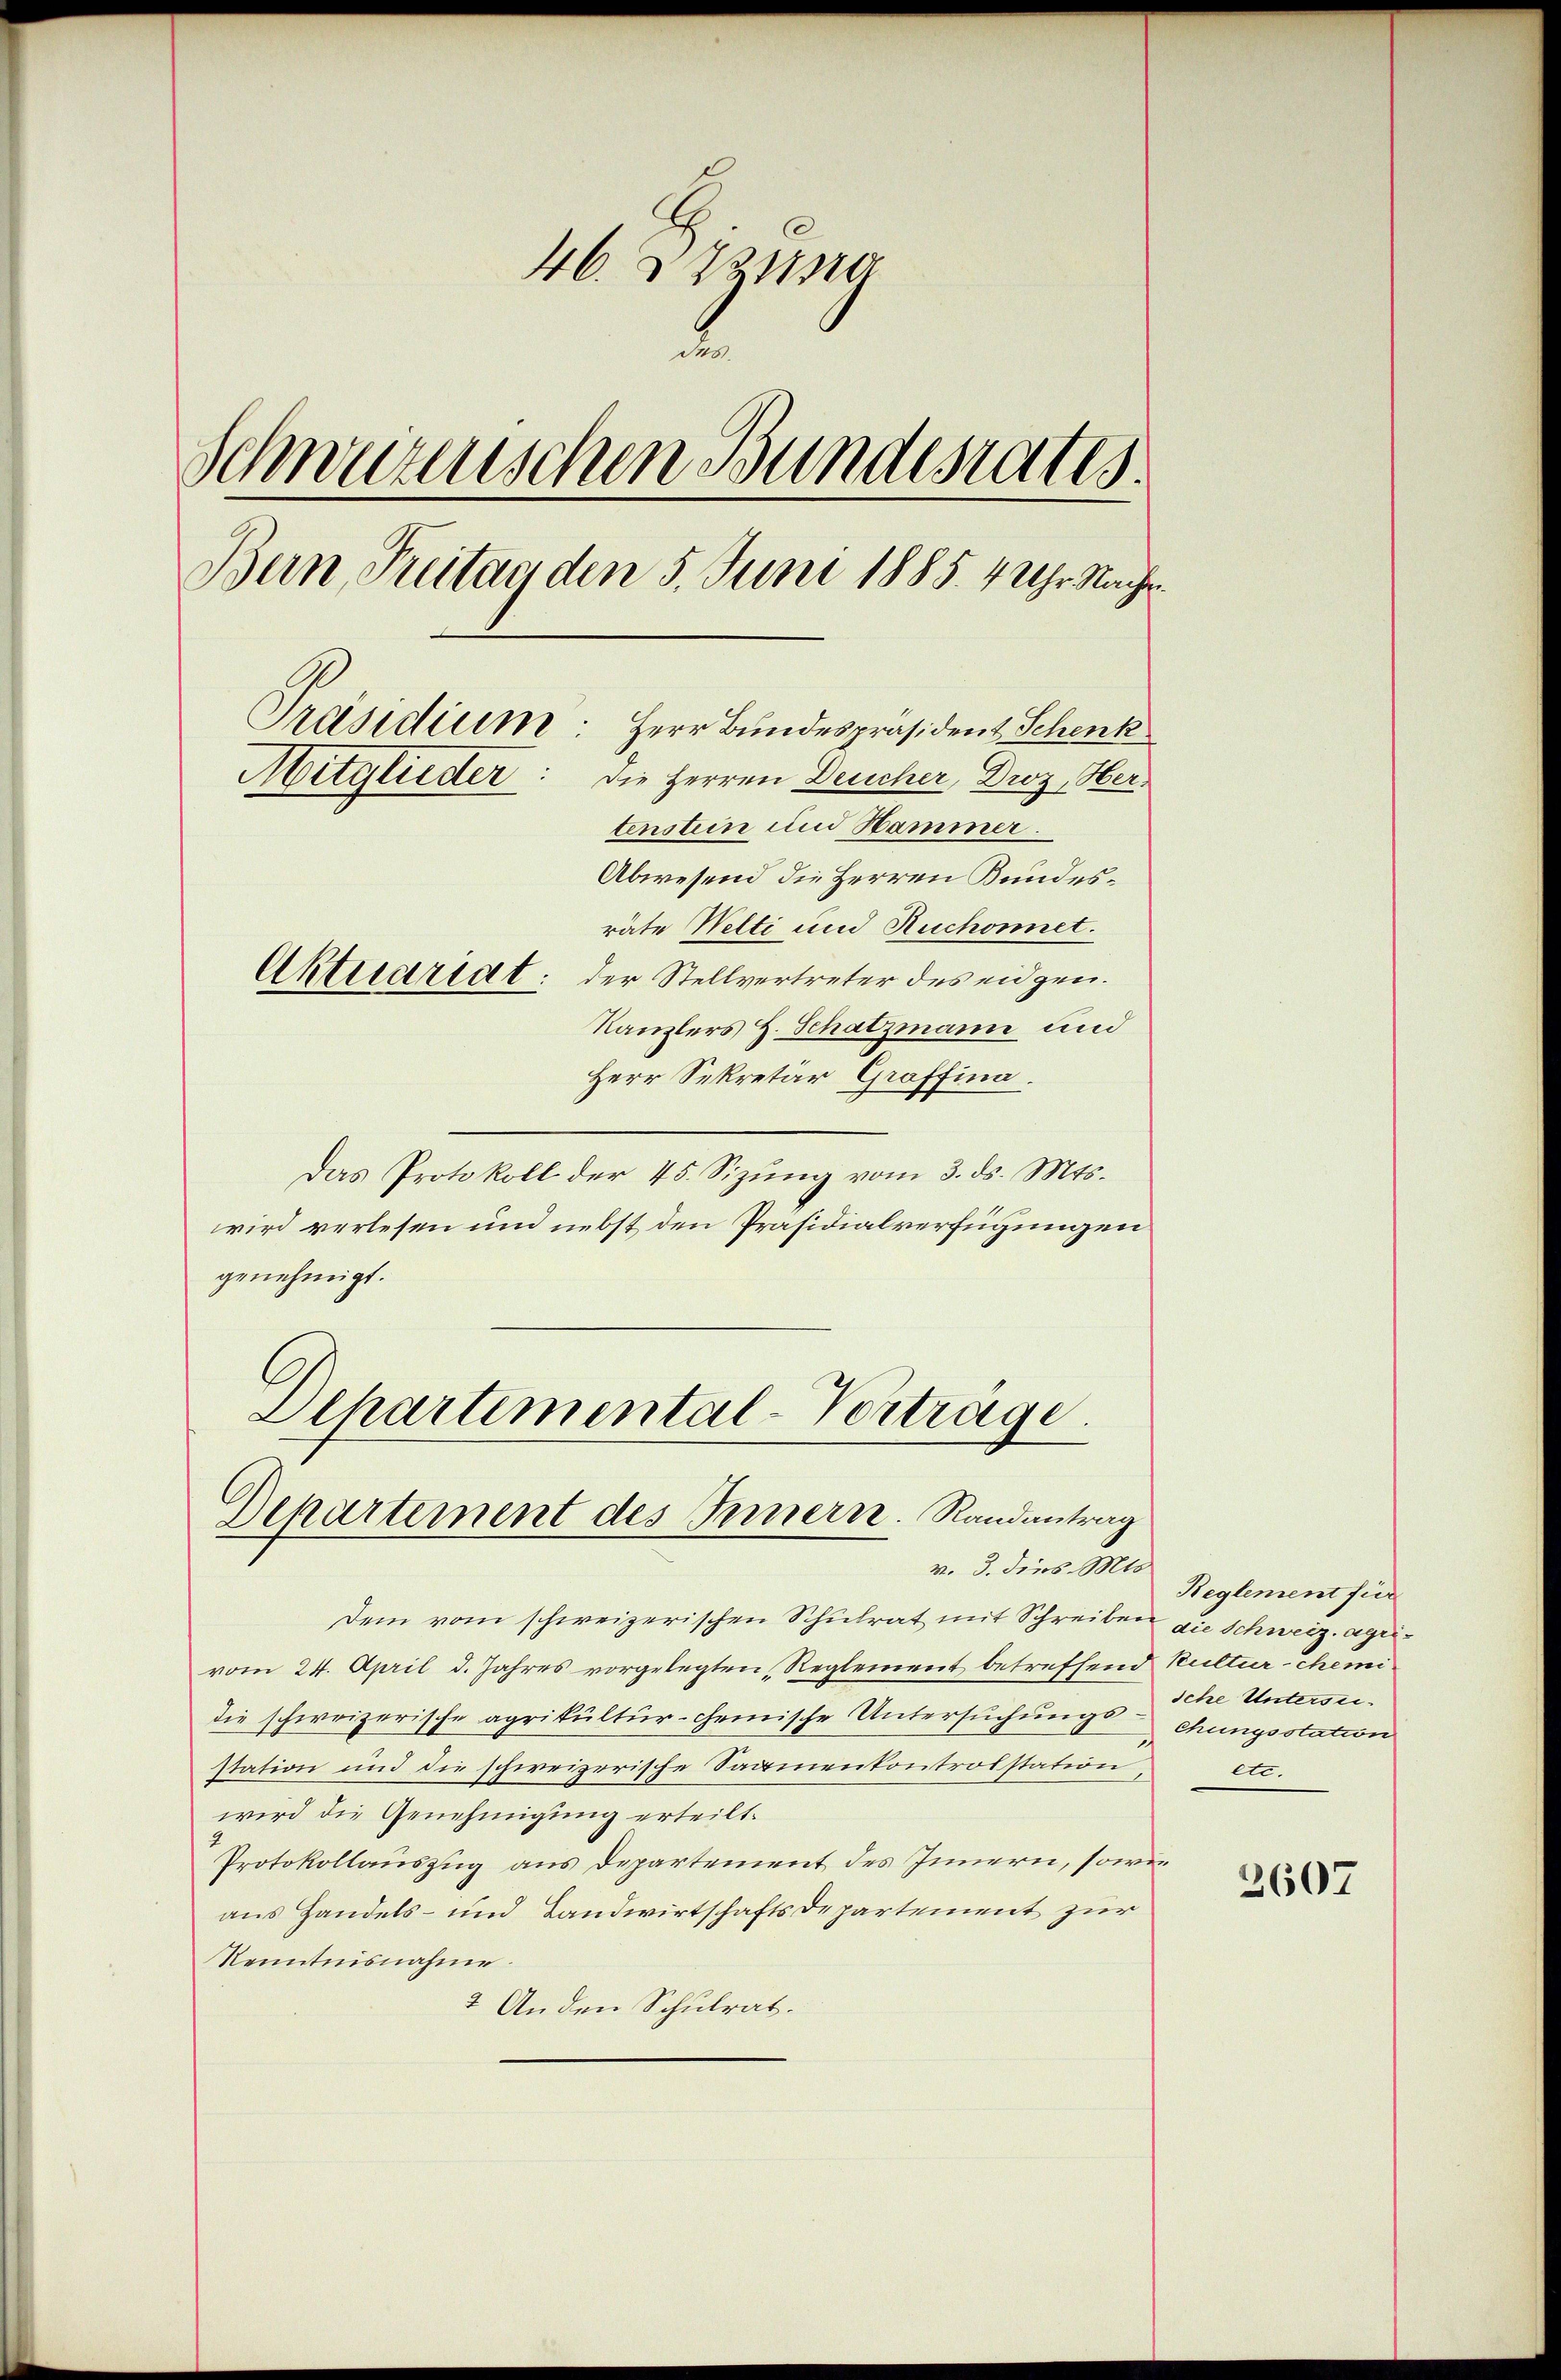
46. 2212310
Schweizerischen Bundesrates.
Bern, Freitag den 5. Juni 1885. 4 Uhr Nach
Präsidium. Herr Bundespräsident Schenk
Mitglieder
Die Herren Deucher, Droz, Hertenstein und Hammer.
Abwesend die Herren Bundesräte Welti und Ruchonnet.
Aktuariat: der Stellvertreter des eidgen.
Kanzlers H. Schatzmann und
Herr Sekretär Groffina.

Das Protokoll der 45. Sizŭng vom 3. ds. Mts.
wird verlesen und nebst den Präsidialverfügungen
genehmigt.

Departemental-Vorträge.
Departement des Innern. Randantrag
v. 3. dies. Mts.

Dem vom schweizerischen Schulrat mit Schreiben die Schweiz. aguvom 24. April d. Jahres vorgelegten Reglement betreffend Kultur-Chemidie schweizerische agrikultur-cheinische Untersuchungschungsstation
station und die schweizerische Sammenkontrolstation, etc.
wird die Genehmigung erteilt.
Protokollauszug aus Departement des Innern, sowie
aus Handels- und Landwirtschaftsdepartement zur
Kenntnisnahme.
2 Anden Schulrat.

Reglement für
sche Untersuc

2607